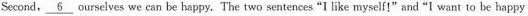
Second, \underline{6} ourselves we can be happy. The two sentences "I like myself!" and "I want to be happy